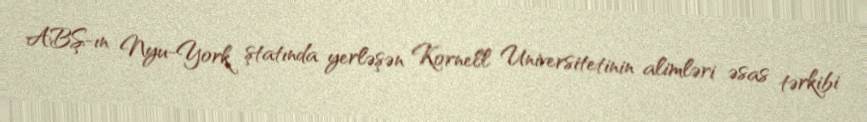
ABŞ-ın Nyu-York ştatında yerləşən Kornell Universitetinin alimləri əsas tərkibi